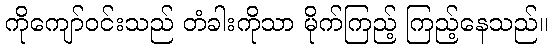
ကိုကျော်ဝင်းသည် တံခါးကိုသာ မိုက်ကြည့် ကြည့်နေသည်။